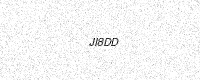
Text: JI8DD